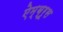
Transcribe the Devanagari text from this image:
ऐम्ब्रूस